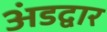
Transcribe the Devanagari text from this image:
अंडद्वार